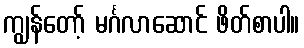
ကျွန်တော့် မင်္ဂလာဆောင် ဖိတ်စာပါ။